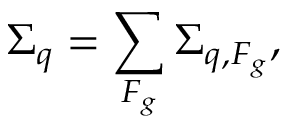
\Sigma _ { q } = \sum _ { F _ { g } } \Sigma _ { q , F _ { g } } ,